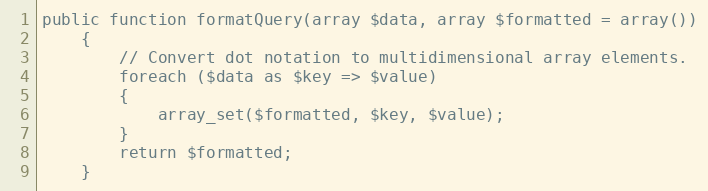
Language: PHP
public function formatQuery(array $data, array $formatted = array())
	{
		// Convert dot notation to multidimensional array elements.
		foreach ($data as $key => $value)
		{
			array_set($formatted, $key, $value);
		}
		return $formatted;
	}